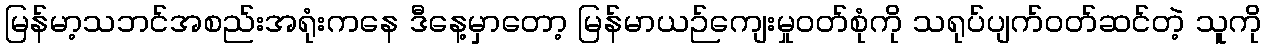
မြန်မာ့သဘင်အစည်းအရုံးကနေ ဒီနေ့မှာတော့ မြန်မာယဉ်ကျေးမှုဝတ်စုံကို သရုပ်ပျက်ဝတ်ဆင်တဲ့ သူကို